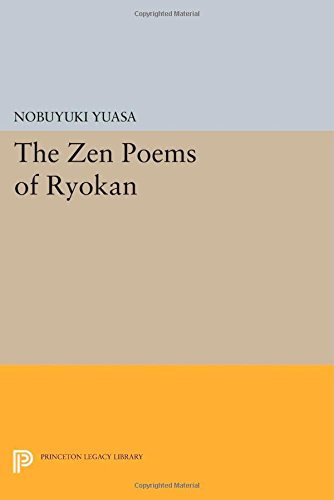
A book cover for The Zen Poems of Ryokan (Princeton Legacy Library); Nobuyuki Yuasa; Literature & Fiction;